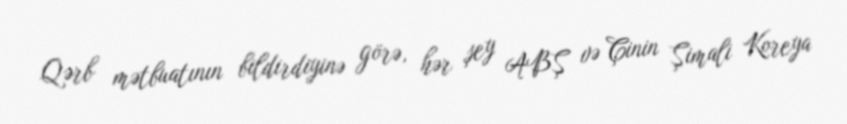
Qərb mətbuatının bildirdiyinə görə, hər şey ABŞ və Çinin Şimali Koreya